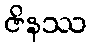
ဇိနဿ